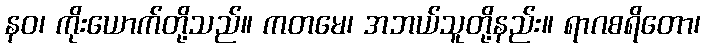
နဝ၊ ကိုးယောက်တို့သည်။ ကတမေ၊ အဘယ်သူတို့နည်း။ ရာဂစရိတော၊